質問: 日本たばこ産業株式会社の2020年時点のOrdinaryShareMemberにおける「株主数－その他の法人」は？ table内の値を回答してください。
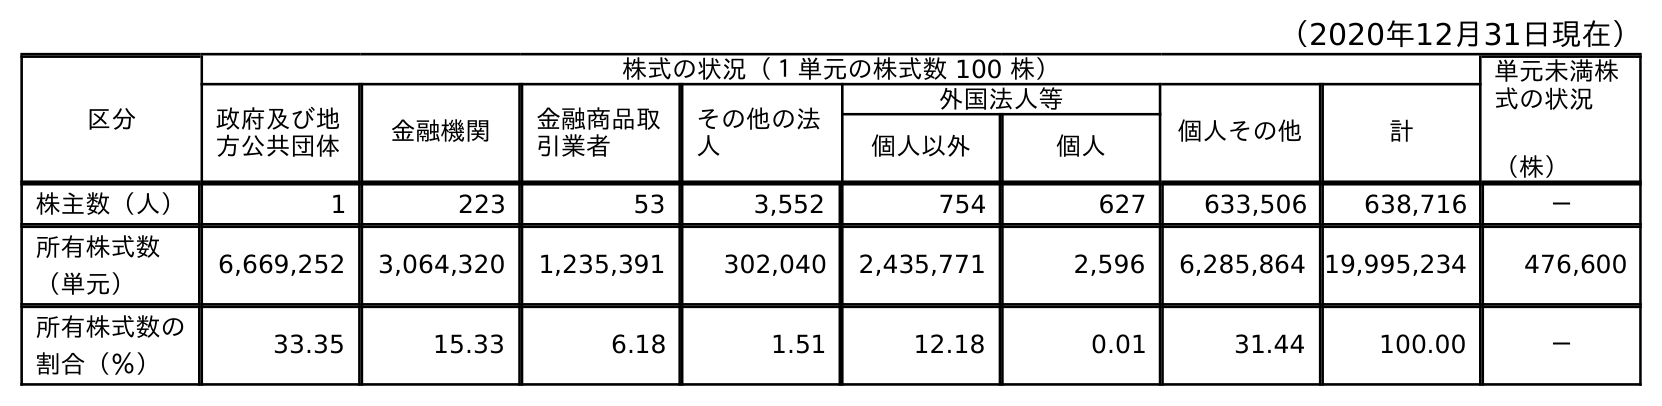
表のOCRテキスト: （2020年12月31日現在） 区分 株式の状況（１単元の株式数 100 株） 単元未満株 式の状況 （株） 政府及び地 方公共団体 金融機関 金融商品取 引業者 その他の法 人 外国法人等 個人その他 計 個人以外 個人 株主数（人） 1 223 53 3,552 754 627 633,506 638,716 － 所有株式数 （単元） 6,669,252 3,064,320 1,235,391 302,040 2,435,771 2,596 6,285,864 19,995,234 476,600 所有株式数の 割合（％） 33.35 15.33 6.18 1.51 12.18 0.01 31.44 100.00 －
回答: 3,552